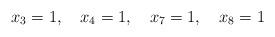
LaTeX: \begin{align*}x_3=1,\quad x_4=1,\quad x_7=1,\quad x_8=1 \end{align*}